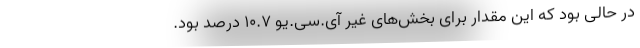
در حالی بود که این مقدار برای بخش‌های غیر آی.سی.یو ۱۰.۷ درصد بود.